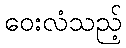
ဝေးလံသည့်